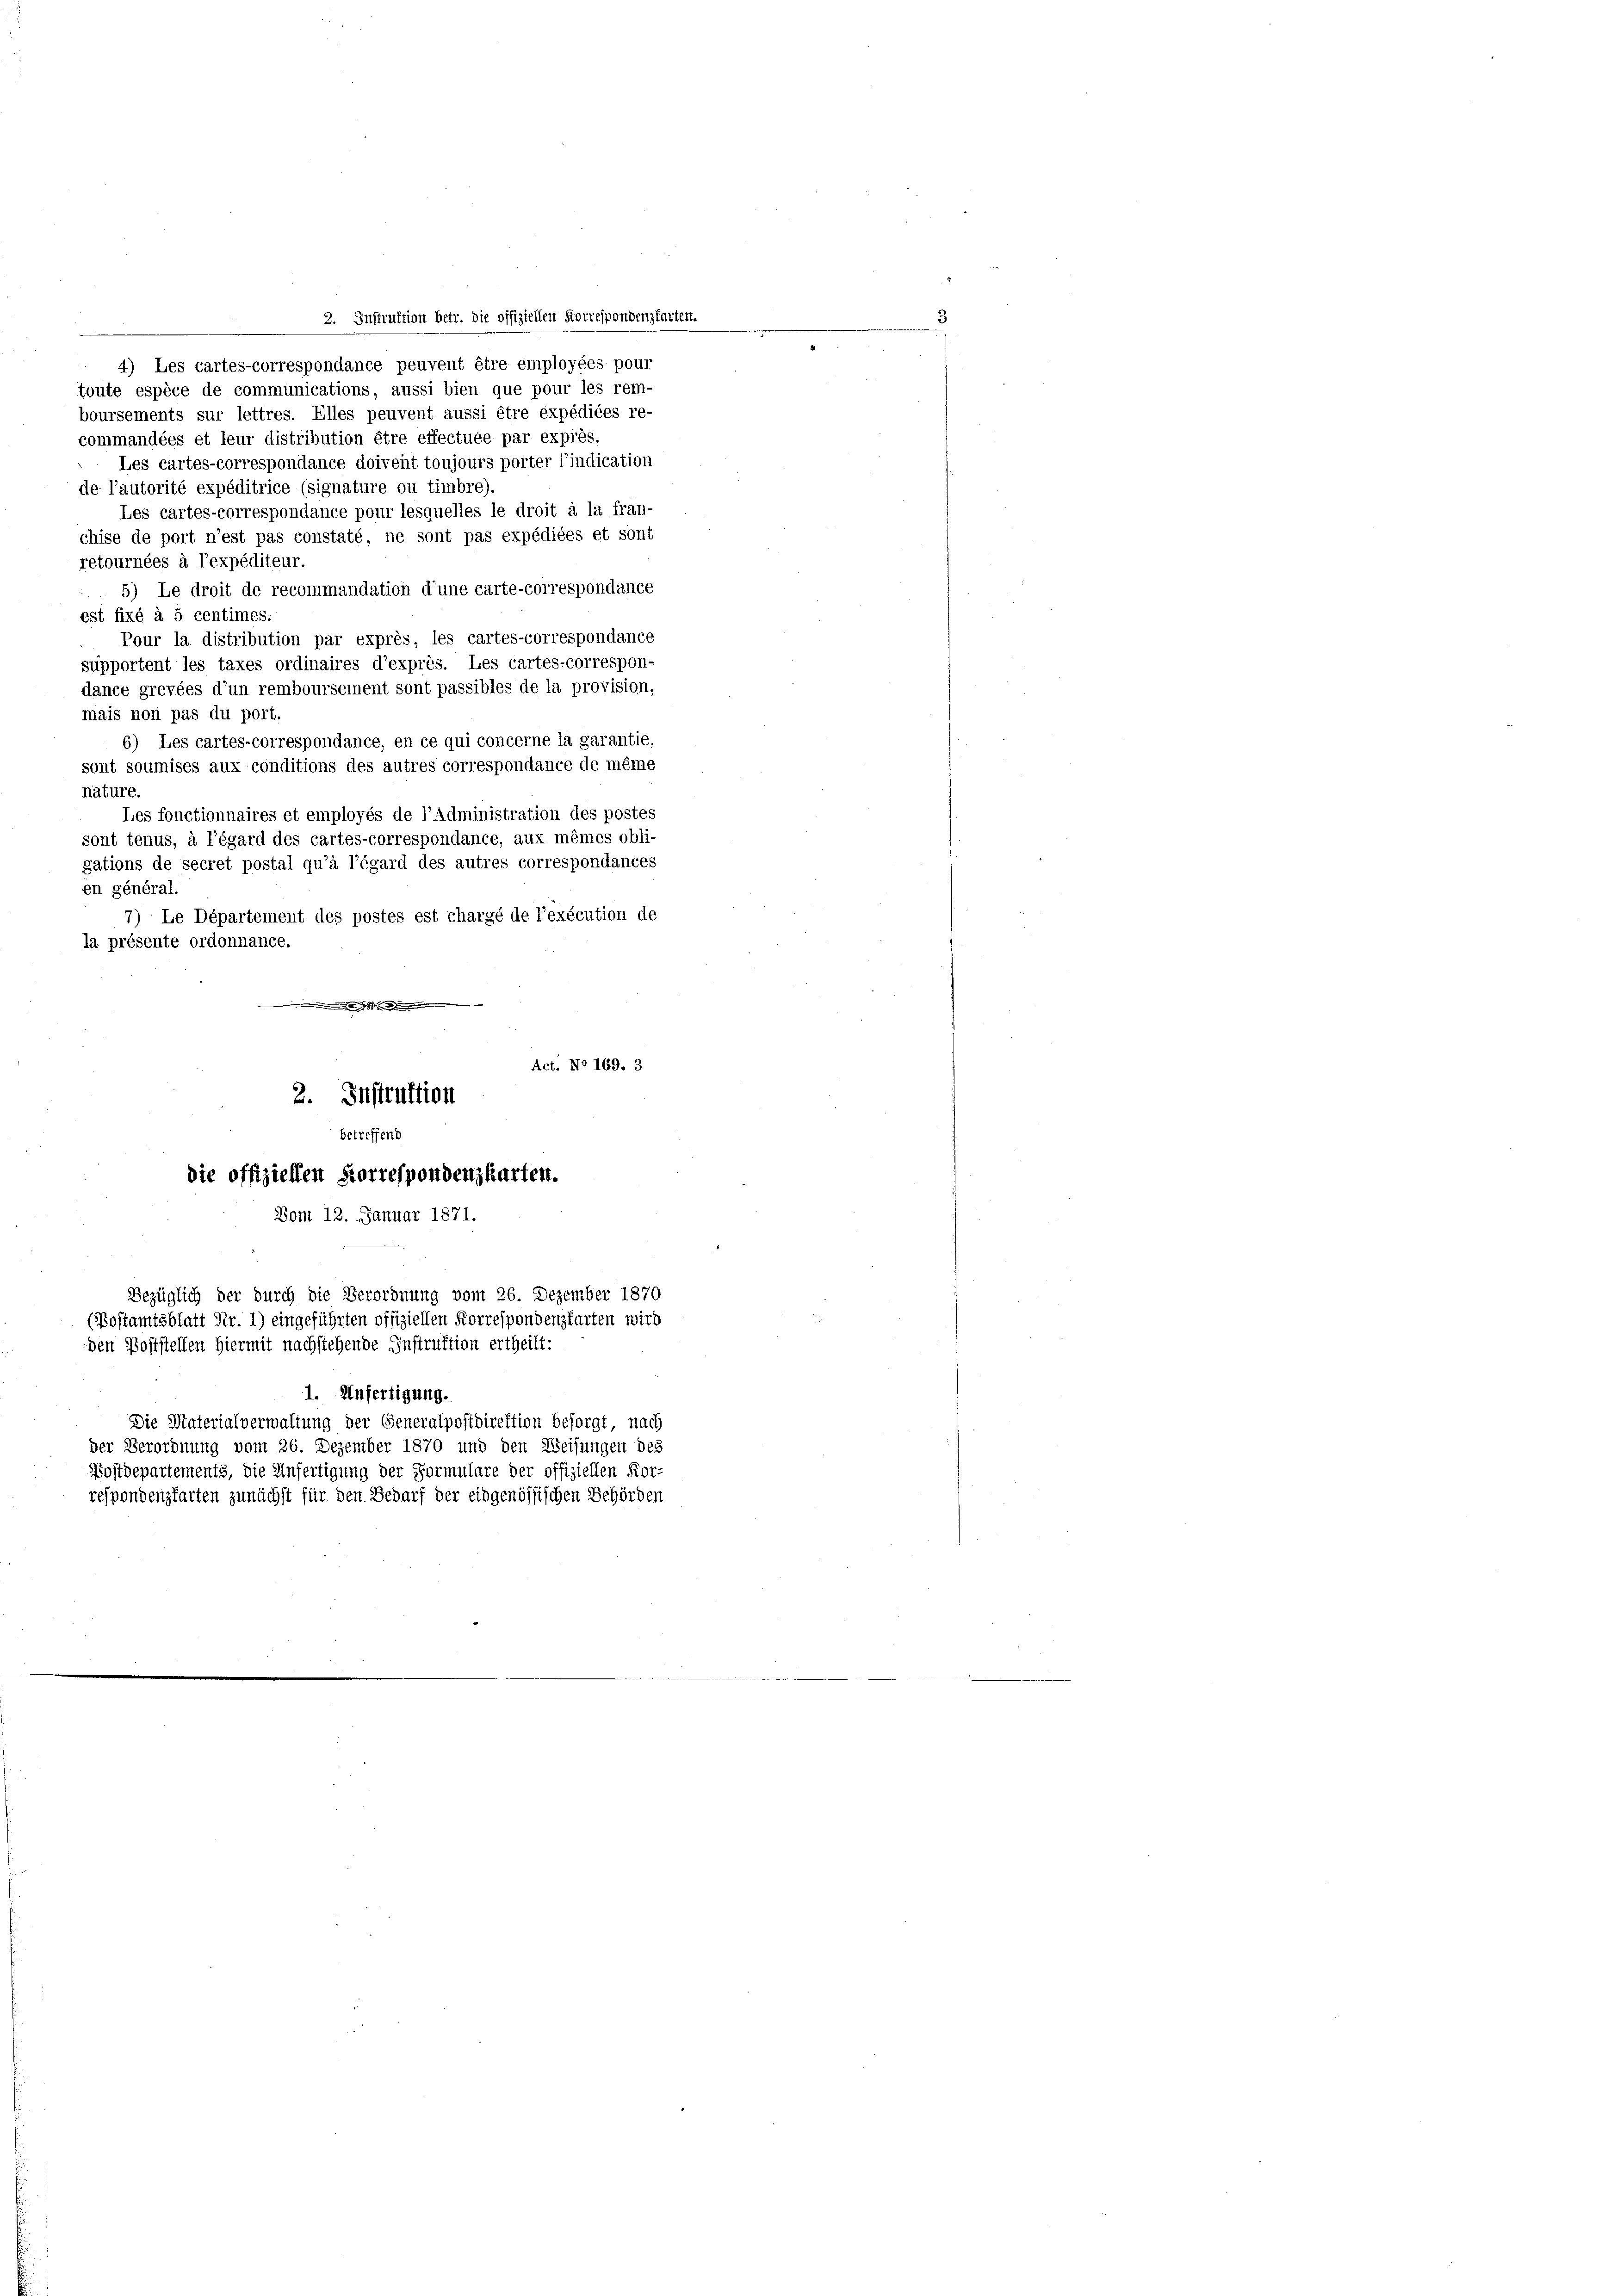
commandées et leur distribution être effectuée par exprès.
Les cartes-correspondance doivent toujours porter l’indication
de l’autorité expéditrice (signature ou timbre)
Les cartes-correspondance pour lesquelles le droit à la fran-
chise de port n’est pas constaté, ne sont pas expédiées et sont
retournées à l’expéditeur.
5) Le droit de recommandation d’une carte-correspondance
est fixé à 5 centimes.
Pour la distribution par exprès, les cartes-correspondance
supportent les taxes ordinaires d’exprès. Les cartes-correspon-
dance grevées d’un remboursement sont passibles de la provision,
mais non pas du port.
6) Les cartes-correspondance, en ce qui concerne la garantie,
sont soumises aux conditions des autres correspondance de même
nature.
Les fonctionnaires et employés de l’Administration des postes
sont tenus, à l’égard des cartes-correspondance, aux mêmes obli-
gations de secret postal qu’à l’égard des autres correspondances
en général.
7) Le Département des postes est chargé de l’exécution de
la présente ordonnance.
.
Act. No 169. 3
2. Instruktion
betreffend
die offiziellen Korrespondenzkarten.
Vom 12. Januar 1871.

2. Instruktion betr. die offiziellen Korrespondenzkarten.
 4) Les cartes-correspondance peuvent être employées pour
toute espèce de communications, aussi bien que pour les rem-
boursements sur lettres. Elles peuvent aussi être expédiées re-

respondenzfarten zunächst für den Bedarf der eidgenössischen Behörden

Bezüglich der durch die Verordnung vom 26. Dezember 1870
(Bostamtsblatt Nr. 1) eingeführten offiziellen Korrespondenzkarten wird
den Poststellen hiermit nachstehende Instruktion ertheilt:
1. Unfertigung
Die Materialverwaltung der Generalpostdirektion besorgt, nach
der Verordnung vom 26. Dezember 1870 und den Weisungen des
Postdepartements, die Anfertigung der Formulare der offiziellen Kor-